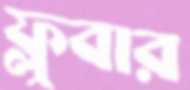
ফ্লুবার